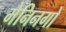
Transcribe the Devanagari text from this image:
मेनिनगो